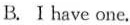
B. I have one.